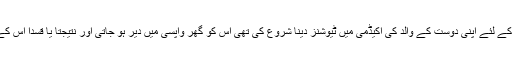
جب اس نے اپنے ذاتی جیب خرچ کے لئے اپنی دوست کے والد کی اکیڈمی میں ٹیوشنز دینا شروع کی تھی اس کو گھر واپسی میں دیر ہو جاتی اور نتیجتا یا قسدا اس کے لئے دوپہر کا کھانا نہ رکھا جاتا۔